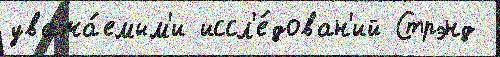
уважа́емым'и иссл'е́дован'ий Стрэнд